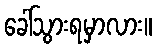
ခေါ်သွားရမှာလား။